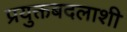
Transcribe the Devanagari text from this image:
प्रयुक्तबदलाशी